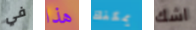
في هذا يمكنك اشك